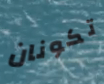
تكونان